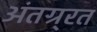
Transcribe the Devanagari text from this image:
अंतग्र्रत